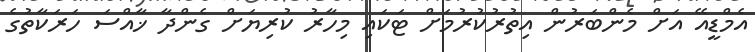
އެމްޑީއޭ އަށް މެންބަރުން އިތުރުކުރުމަށް ޓަކައި މިހާރު ކުރިޔަށް ގެންދާ ޚާއްސަ ހަރަކާތުގެ